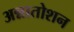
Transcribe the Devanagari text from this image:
अन्नातोशन